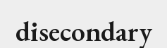
disecondary